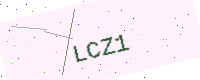
Text: LCZ1